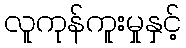
လူကုန်ကူးမှုနှင့်